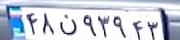
۴۸ن۹۳۹۴۳